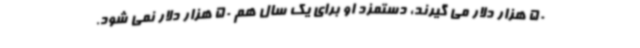
50 هزار دلار می گیرند، دستمزد او برای یک سال هم 50 هزار دلار نمی شود.